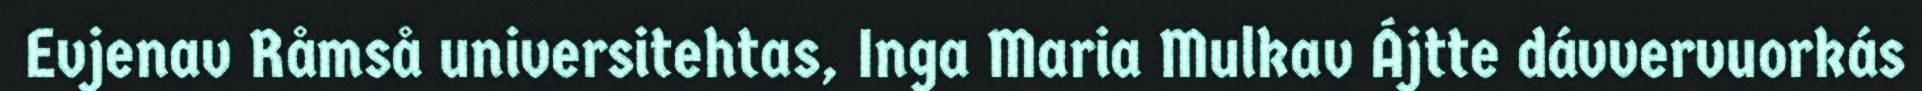
Evjenav Råmså universitehtas, Inga Maria Mulkav Ájtte dávvervuorkás